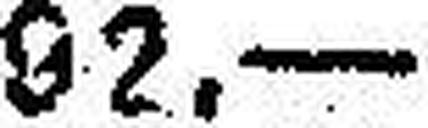
92.—